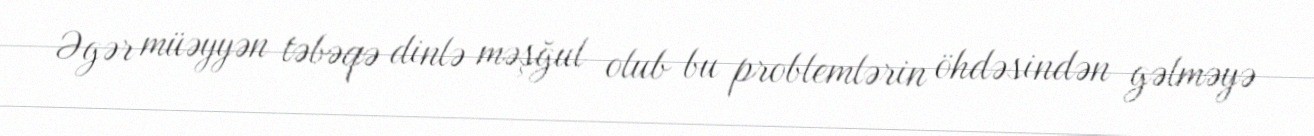
Əgər müəyyən təbəqə dinlə məşğul olub bu problemlərin öhdəsindən gəlməyə